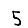
Digit: 5